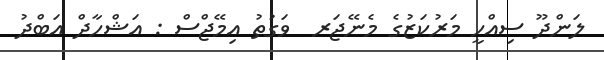
ލަންދޫ ސިއްހީ މަރުކަޒުގެ މެނޭޖަރ  ވަގުތު އިމޭޖްސް : އަޝްހާދް އަބްދު